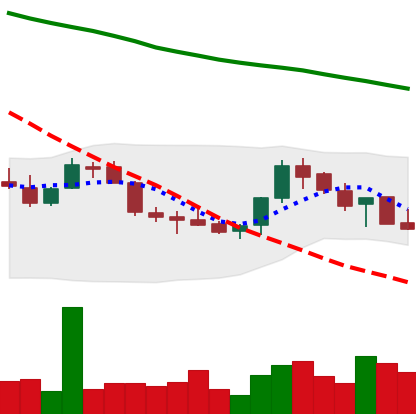
Ticker: LINK-USD
Chart end date: 2018-07-23
Forward return: 42.086%
Label: up_7plus